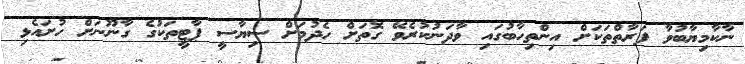
ނާކާމިޔާބުވާ ފަރާތްތަކަށް އިންތިހާބުގައި ވާދަނުކުރެވޭ ގޮތަށް ހެދުމަށް ސިޔާސީ ޕާޓީތަކުގެ ގާނޫނަށް ހުށައެޅި